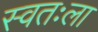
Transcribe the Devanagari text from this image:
स्‍वतःला